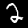
Label: 2